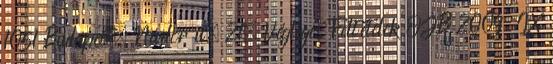
1051 Budapest, Nádor u. 21. Végleges Feltételek OJB 2009 IX